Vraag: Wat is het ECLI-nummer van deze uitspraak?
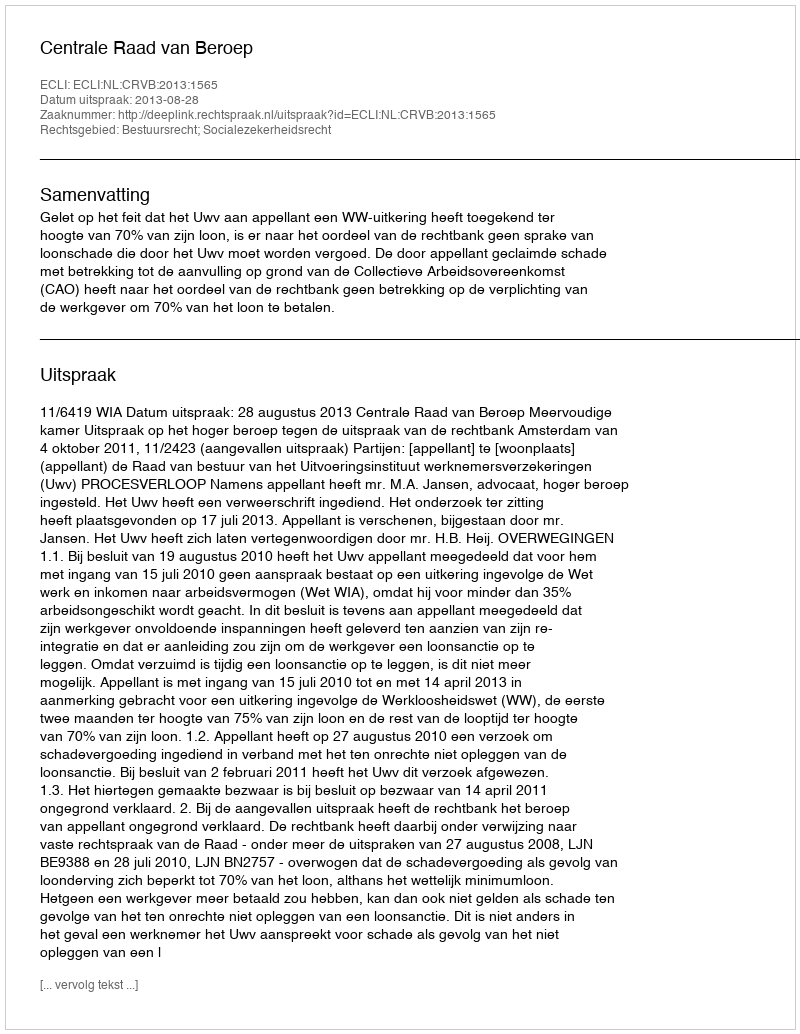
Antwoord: ECLI:NL:CRVB:2013:1565